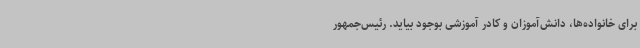
برای خانواده‌ها، دانش‌آموزان و کادر آموزشی بوجود بیاید. رئیس‌جمهور